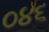
૦૪૬